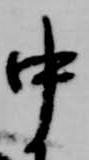
中